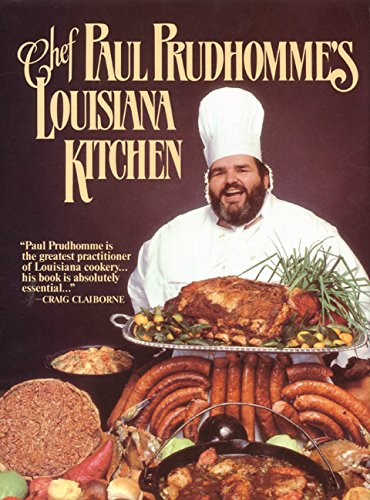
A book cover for Chef Paul Prudhomme's Louisiana Kitchen; Paul Prudhomme; Cookbooks, Food & Wine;